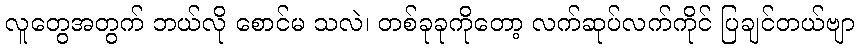
လူတွေအတွက် ဘယ်လို စောင်မ သလဲ၊ တစ်ခုခုကိုတော့ လက်ဆုပ်လက်ကိုင် ပြချင်တယ်ဗျာ